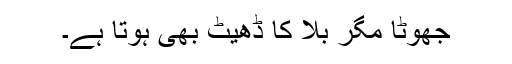
جھوٹا مگر بلا کا ڈھیٹ بھی ہوتا ہے۔